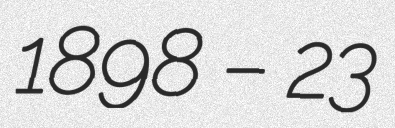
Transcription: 1898 – 23